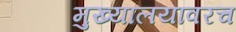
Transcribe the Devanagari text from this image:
मुख्यालयावरच